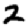
Digit: 2